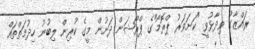
ރައްޒާގު ވިދާޅުވީ "ކަށަވަރު ޕްރޮމޯ"ގެ ޕްރޯޝަން ދަށުން މީގެ ކުރިން ލިބުނު ހިދުމަތްތައް